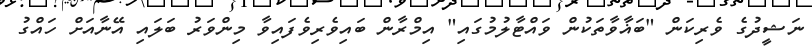
ނަޝީދުގެ ވެރިކަން "ބަޣާވާތަކުން ވައްޓާލުމުގައި" އިމްރާން ބައިވެރިވެފައިވާ މިންވަރު ބަލައި އޭނާއަށް ހައްގު